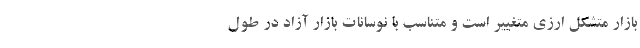
بازار متشکل ارزی متغییر است و متناسب با نوسانات بازار آزاد در طول